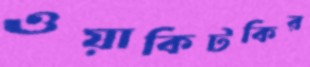
ওয়াকিটকির